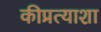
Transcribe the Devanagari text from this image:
कीप्रत्याशा